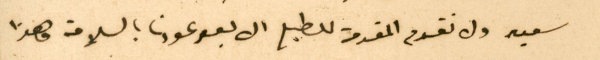
سعيد ولا نقدم المقدمة للطبع الا بعد عودنا بالسلامة وهذا